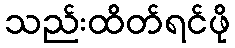
သည်းထိတ်ရင်ဖို